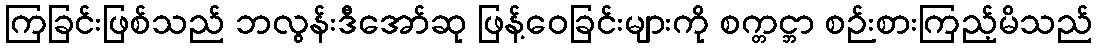
ကြခြင်းဖြစ်သည် ဘလွန်းဒီအော်ဆု ဖြန့်ဝေခြင်းများကို စက္တင္ဘာ စဉ်းစားကြည့်မိသည်